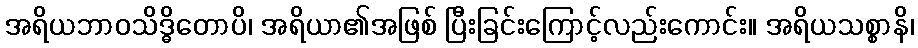
အရိယဘာဝသိဒ္ဓိတောပိ၊ အရိယာ၏အဖြစ် ပြီးခြင်းကြောင့်လည်းကောင်း။ အရိယသစ္စာနိ၊